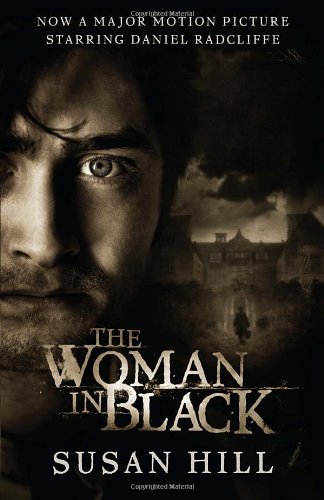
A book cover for The Woman in Black: A Ghost Story; Susan Hill; Literature & Fiction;